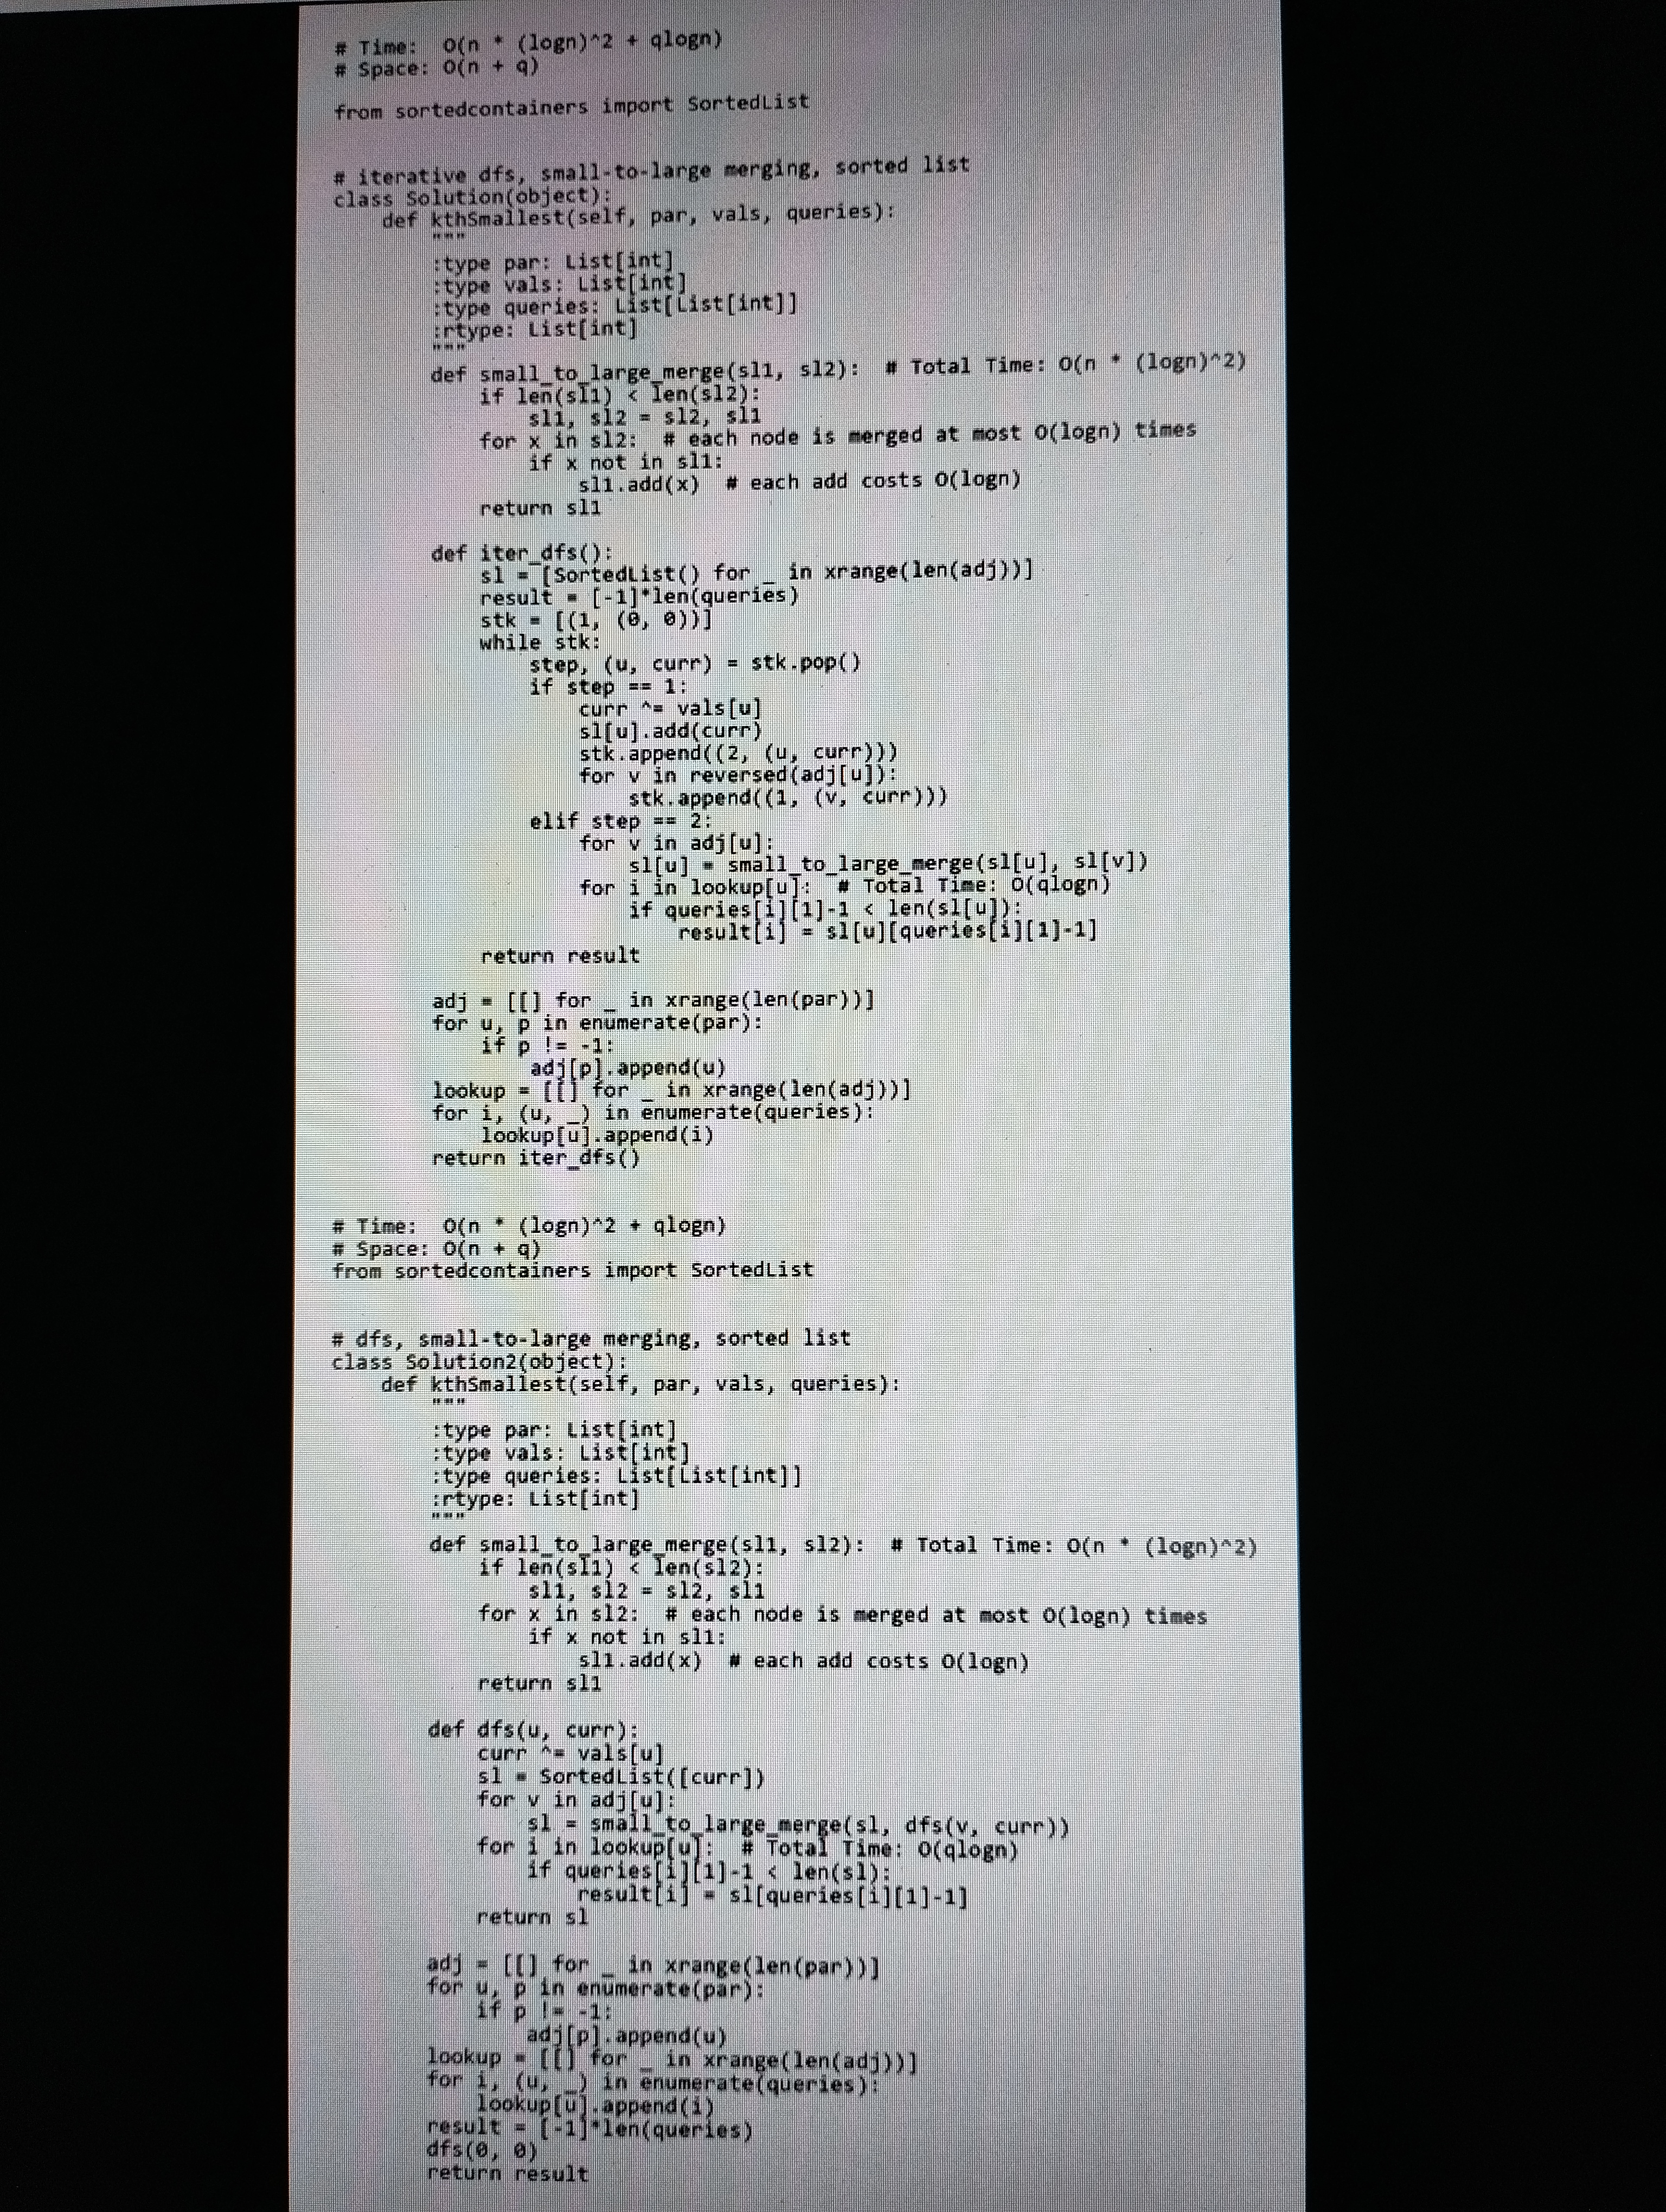
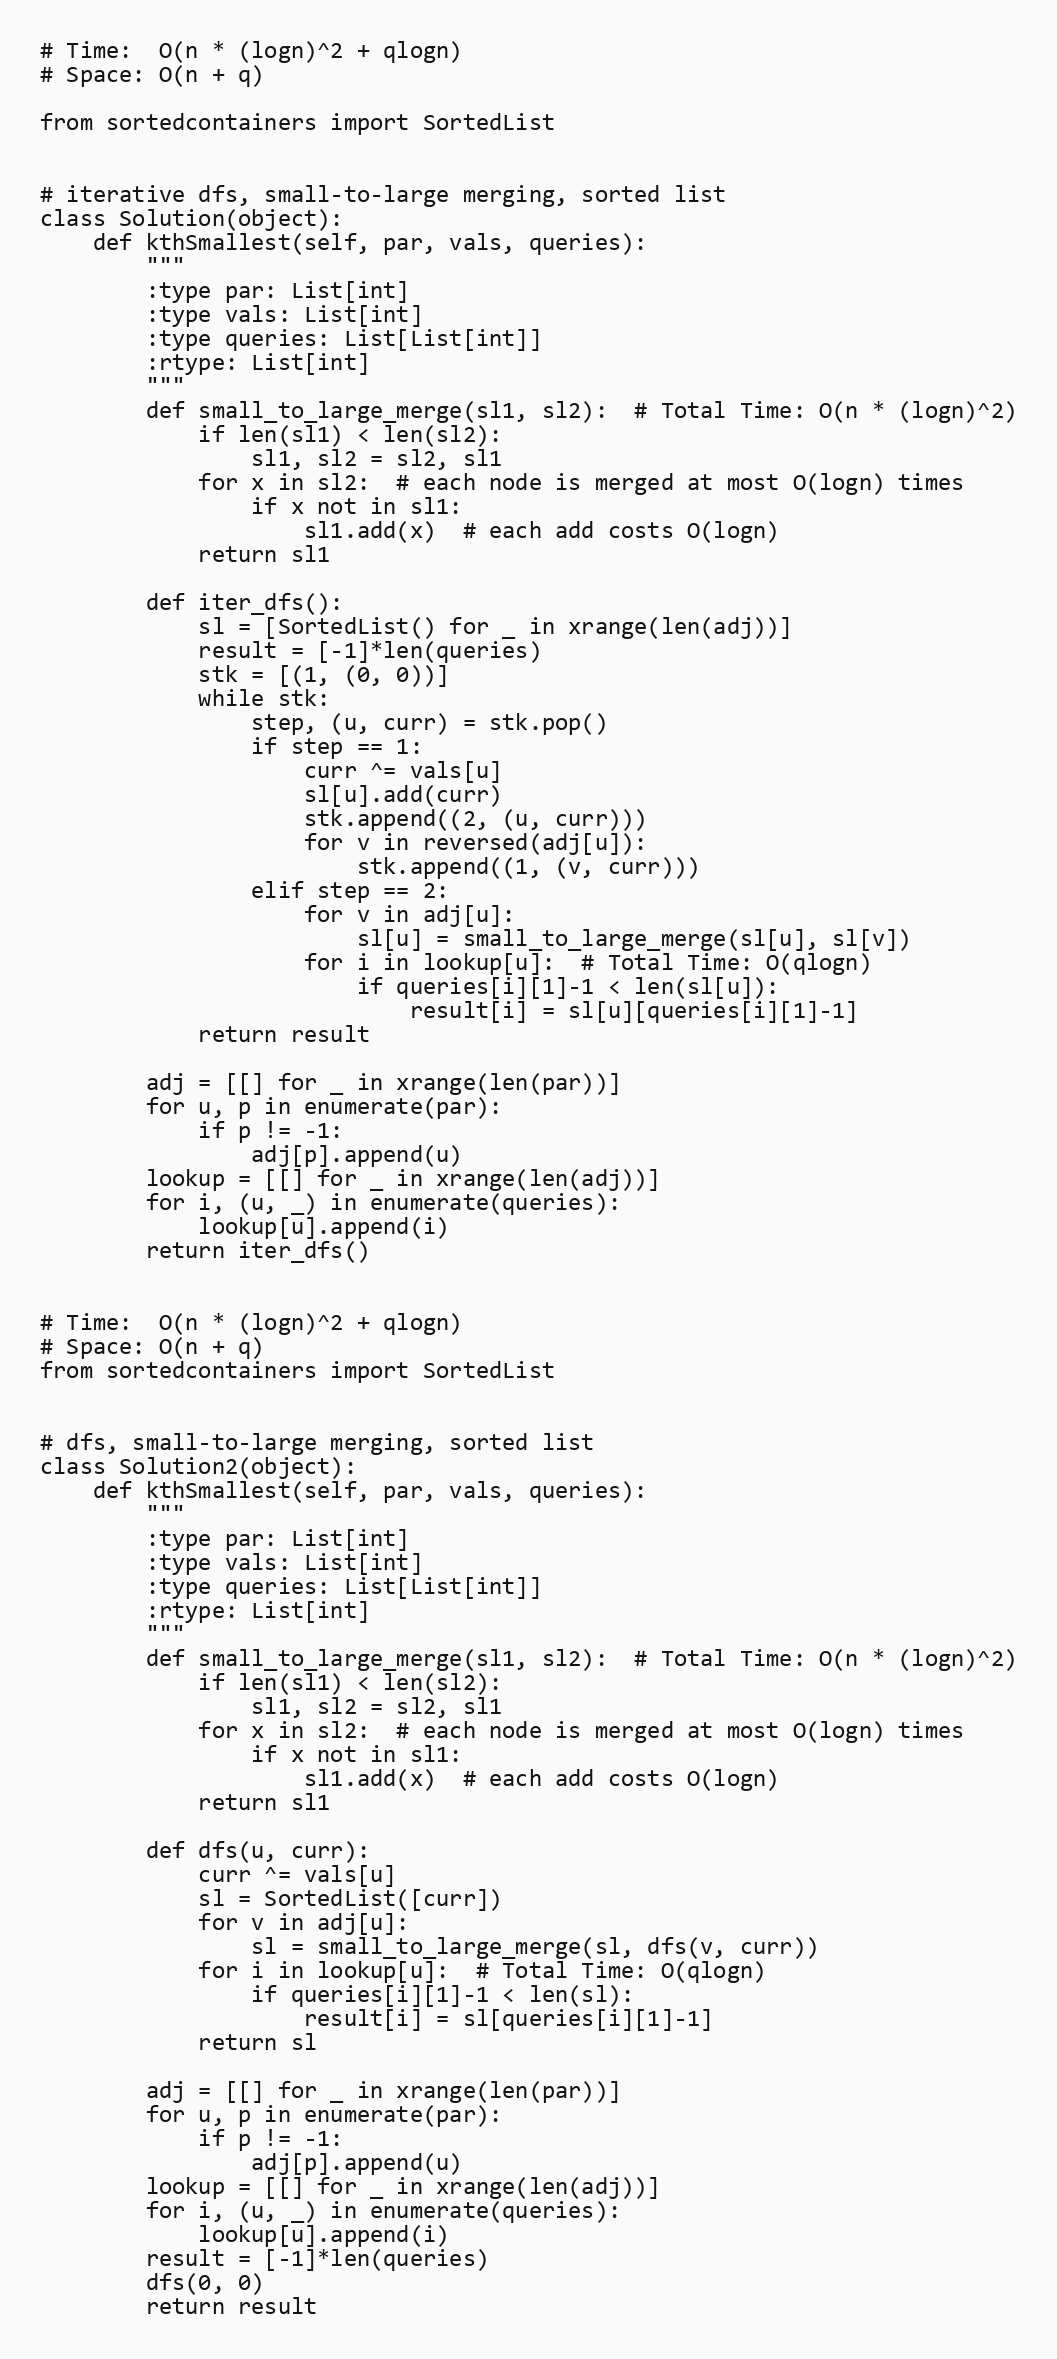
# Time:  O(n * (logn)^2 + qlogn)
# Space: O(n + q)

from sortedcontainers import SortedList

# iterative dfs, small-to-large merging, sorted list
class Solution(object):
    def kthSmallest(self, par, vals, queries):
        """
        :type par: List[int]
        :type vals: List[int]
        :type queries: List[List[int]]
        :rtype: List[int]
        """
        def small_to_large_merge(sl1, sl2):  # Total Time: O(n * (logn)^2)
            if len(sl1) < len(sl2):
                sl1, sl2 = sl2, sl1
            for x in sl2:  # each node is merged at most O(logn) times
                if x not in sl1:
                    sl1.add(x)  # each add costs O(logn)
            return sl1

        def iter_dfs():
            sl = [SortedList() for _ in xrange(len(adj))]
            result = [-1]*len(queries)
            stk = [(1, (0, 0))]
            while stk:
                step, (u, curr) = stk.pop()
                if step == 1:
                    curr ^= vals[u]
                    sl[u].add(curr)
                    stk.append((2, (u, curr)))
                    for v in reversed(adj[u]):
                        stk.append((1, (v, curr)))
                elif step == 2:
                    for v in adj[u]:
                        sl[u] = small_to_large_merge(sl[u], sl[v])
                    for i in lookup[u]:  # Total Time: O(qlogn)
                        if queries[i][1]-1 < len(sl[u]):
                            result[i] = sl[u][queries[i][1]-1]
            return result

        adj = [[] for _ in xrange(len(par))]
        for u, p in enumerate(par):
            if p != -1:
                adj[p].append(u)
        lookup = [[] for _ in xrange(len(adj))]
        for i, (u, _) in enumerate(queries):
            lookup[u].append(i)
        return iter_dfs()

# Time:  O(n * (logn)^2 + qlogn)
# Space: O(n + q)
from sortedcontainers import SortedList

# dfs, small-to-large merging, sorted list
class Solution2(object):
    def kthSmallest(self, par, vals, queries):
        """
        :type par: List[int]
        :type vals: List[int]
        :type queries: List[List[int]]
        :rtype: List[int]
        """
        def small_to_large_merge(sl1, sl2):  # Total Time: O(n * (logn)^2)
            if len(sl1) < len(sl2):
                sl1, sl2 = sl2, sl1
            for x in sl2:  # each node is merged at most O(logn) times
                if x not in sl1:
                    sl1.add(x)  # each add costs O(logn)
            return sl1

        def dfs(u, curr):
            curr ^= vals[u]
            sl = SortedList([curr])
            for v in adj[u]:
                sl = small_to_large_merge(sl, dfs(v, curr))
            for i in lookup[u]:  # Total Time: O(qlogn)
                if queries[i][1]-1 < len(sl):
                    result[i] = sl[queries[i][1]-1]
            return sl

        adj = [[] for _ in xrange(len(par))]
        for u, p in enumerate(par):
            if p != -1:
                adj[p].append(u)
        lookup = [[] for _ in xrange(len(adj))]
        for i, (u, _) in enumerate(queries):
            lookup[u].append(i)
        result = [-1]*len(queries)
        dfs(0, 0)
        return result